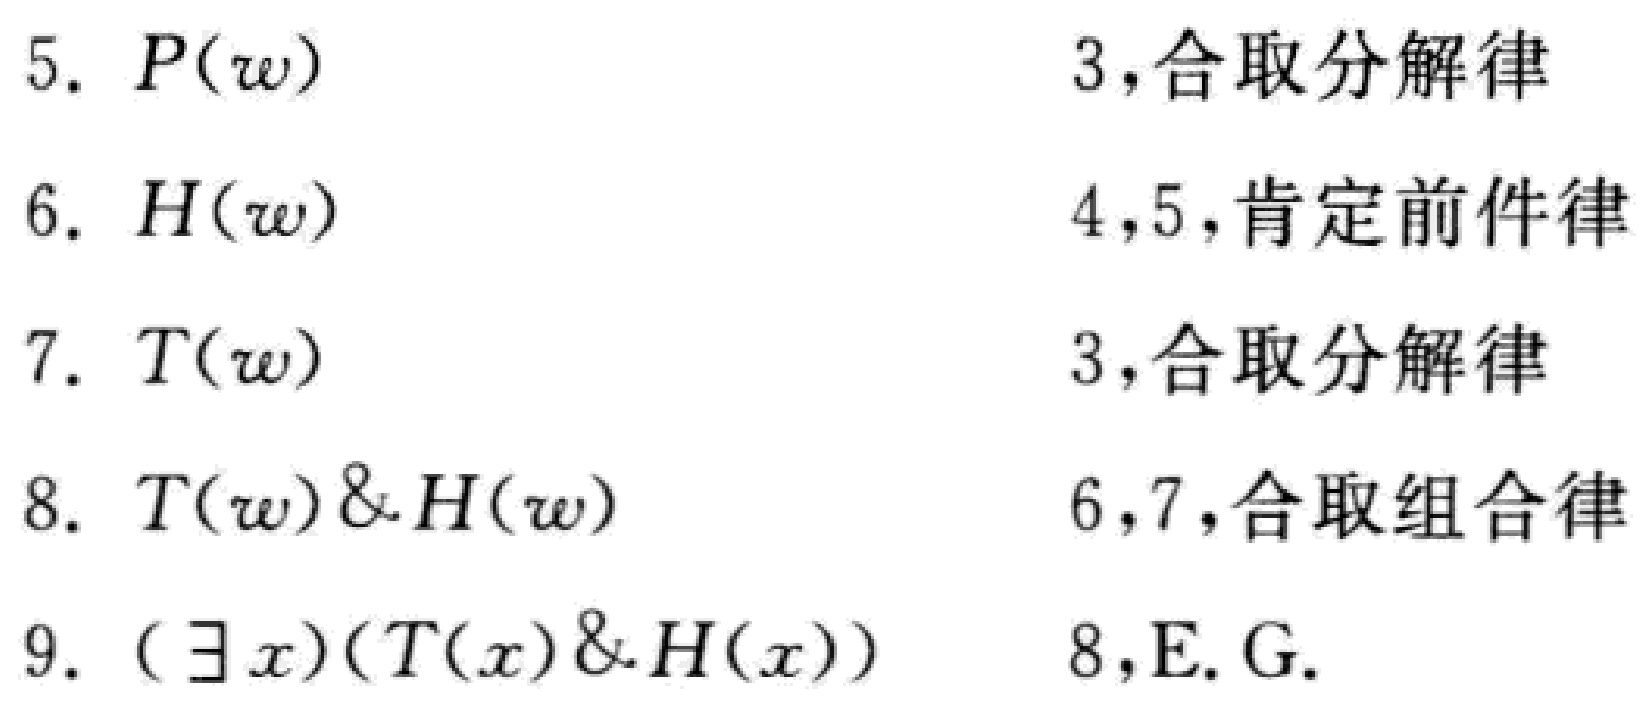
\begin{enumerate}
\item $P(w)$ \hfill 3，合取分解律
\item $H(w)$ \hfill 4，5，肯定前件律
\item $T(w)$ \hfill 3，合取分解律
\item $T(w) \& H(w)$ \hfill 6，7，合取组合律
\item $(\exists x)(T(x) \& H(x))$ \hfill 8，E. G.
\end{enumerate}